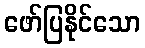
ဖော်ပြနိုင်သော